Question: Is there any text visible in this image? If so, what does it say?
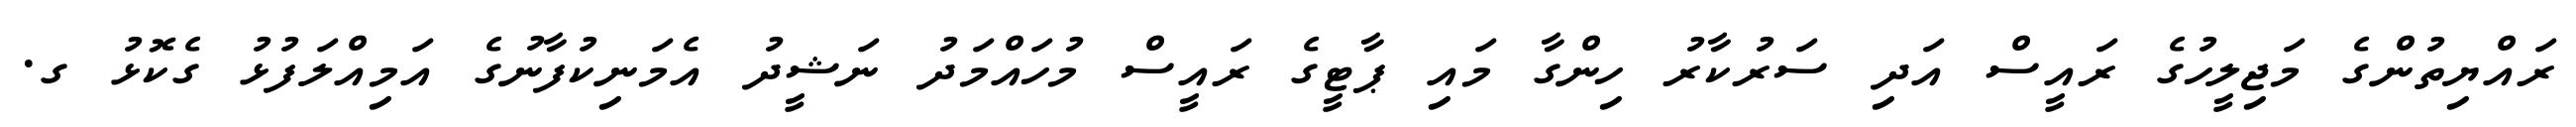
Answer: ރައްޔިތުންގެ މަޖިލީހުގެ ރައީސް އަދި ސަރުކާރު ހިންގާ މައި ޕާޓީގެ ރައީސް މުހައްމަދު ނަޝީދު އެމަނިކުފާނުގެ އަމިއްލަފުޅު ގެކޮޅު ގ.